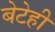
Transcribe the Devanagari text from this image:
बेटेही